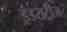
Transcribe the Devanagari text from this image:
इंडसट्रीज